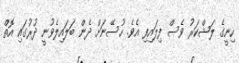
ހިނީގެ ލަޝްކަރު ވެސް ފިލައިފި އެވެ. ހުސޭނަށް ދެން ބަލައިލެވުނީ ދުރުގައި އޮތް